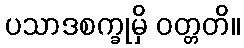
ပသာဒစက္ခုမှိ ဝတ္တတိ။